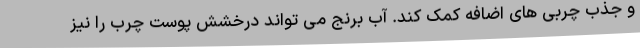
و جذب چربی های اضافه کمک کند. آب برنج می تواند درخشش پوست چرب را نیز